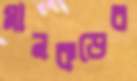
মানকড়ের